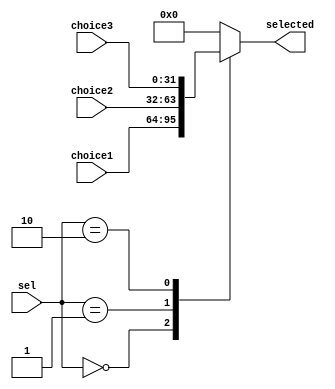
`timescale 1ns / 1ns
module mux3 (input[1:0] sel,input[31:0] choice1,choice2,choice3,output reg [31:0] selected);
always@(*)
begin
    case(sel)
    'b00:selected=choice1;
    'b01:selected=choice2;
    'b10:selected=choice3;
    default:selected=0;
    endcase
end
endmodule